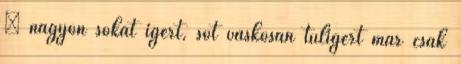
– nagyon sokat ígért, sőt vaskosan túlígért már csak